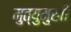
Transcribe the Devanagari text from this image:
मुत्युमुखी